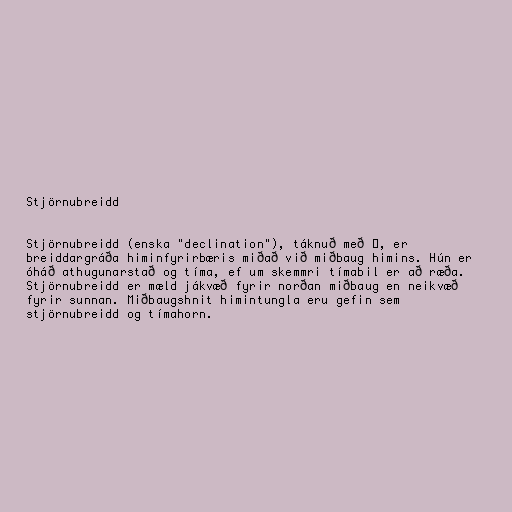
Stjörnubreidd

Stjörnubreidd (enska "declination"), táknuð með δ, er
breiddargráða himinfyrirbæris miðað við miðbaug himins. Hún er
óháð athugunarstað og tíma, ef um skemmri tímabil er að ræða.
Stjörnubreidd er mæld jákvæð fyrir norðan miðbaug en neikvæð
fyrir sunnan. Miðbaugshnit himintungla eru gefin sem
stjörnubreidd og tímahorn.